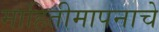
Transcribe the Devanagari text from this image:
माहितीमापनाचे